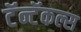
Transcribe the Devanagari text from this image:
टॅन्टॅकल्स